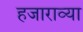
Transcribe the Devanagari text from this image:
हजाराव्या